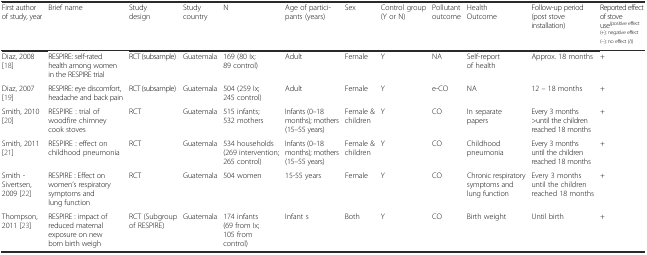
<table><thead><tr><td><b>First author of study, year</b></td><td><b>Brief name</b></td><td><b>Study design</b></td><td><b>Study country</b></td><td><b>N</b></td><td><b>Age of partici-pants (years)</b></td><td><b>Sex</b></td><td><b>Control group (Y or N)</b></td><td><b>Pollutant outcome</b></td><td><b>Health Outcome</b></td><td><b>Follow-up period (post stove installation)</b></td><td><b>Reported effect of stove use<sup>(positive effect (+); negative effect (−); no effect (/))</sup></b></td></tr></thead><tbody><tr><td>Diaz, 2008 [18]</td><td>RESPIRE: self-rated health among women in the RESPIRE trial</td><td>RCT (subsample)</td><td>Guatemala</td><td>169 (80 Ix; 89 control)</td><td>Adult</td><td>Female</td><td>Y</td><td>NA</td><td>Self-report of health</td><td>Approx. 18 months</td><td>+</td></tr><tr><td>Diaz, 2007 [19]</td><td>RESPIRE: eye discomfort, headache and back pain</td><td>RCT (subsample)</td><td>Guatemala</td><td>504 (259 Ix; 245 control)</td><td>Adult</td><td>Female</td><td>Y</td><td>e-CO</td><td>NA</td><td>12 – 18 months</td><td>+</td></tr><tr><td>Smith, 2010 [20]</td><td>RESPIRE : trial of woodfire chimney cook stoves</td><td>RCT</td><td>Guatemala</td><td>515 infants; 532 mothers</td><td>Infants (0–18 months); mothers (15–55 years)</td><td>Female &amp; children</td><td>Y</td><td>CO</td><td>In separate papers</td><td>Every 3 months &gt;until the children reached 18 months</td><td>+</td></tr><tr><td>Smith, 2011 [21]</td><td>RESPIRE : effect on childhood pneumonia</td><td>RCT</td><td>Guatemala</td><td>534 households (269 intervention; 265 control)</td><td>Infants (0–18 months); mothers (15–55 years)</td><td>Female &amp; children</td><td>Y</td><td>CO</td><td>Childhood pneumonia</td><td>Every 3 months until the children reached 18 months</td><td>+</td></tr><tr><td>Smith - Sivertsen, 2009 [22]</td><td>RESPIRE : Effect on women’s respiratory symptoms and lung function</td><td>RCT</td><td>Guatemala</td><td>504 women</td><td>15-55 years</td><td>Female</td><td>Y</td><td>CO</td><td>Chronic respiratory symptoms and lung function</td><td>Every 3 months until the children reached 18 months</td><td>+</td></tr><tr><td>Thompson, 2011 [23]</td><td>RESPIRE : impact of reduced maternal exposure on new born birth weigh</td><td>RCT (Subgroup of RESPIRE)</td><td>Guatemala</td><td>174 infants (69 from Ix; 105 from control)</td><td>Infant s</td><td>Both</td><td>Y</td><td>CO</td><td>Birth weight</td><td>Until birth</td><td>+</td></tr></tbody></table>